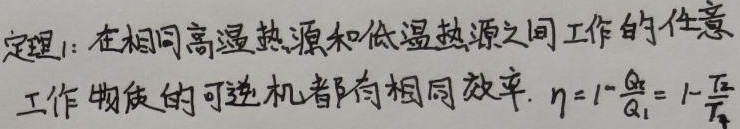
定理1：在相同高温热源和低温热源之间工作的任意工作物质的可逆机都有相同效率. $\eta = 1-\frac{Q_{2}}{Q_{1}}=1-\frac{T_{2}}{T_{1}}$